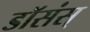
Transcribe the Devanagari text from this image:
डॉसंस्